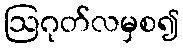
ဩဂုတ်လမှစ၍